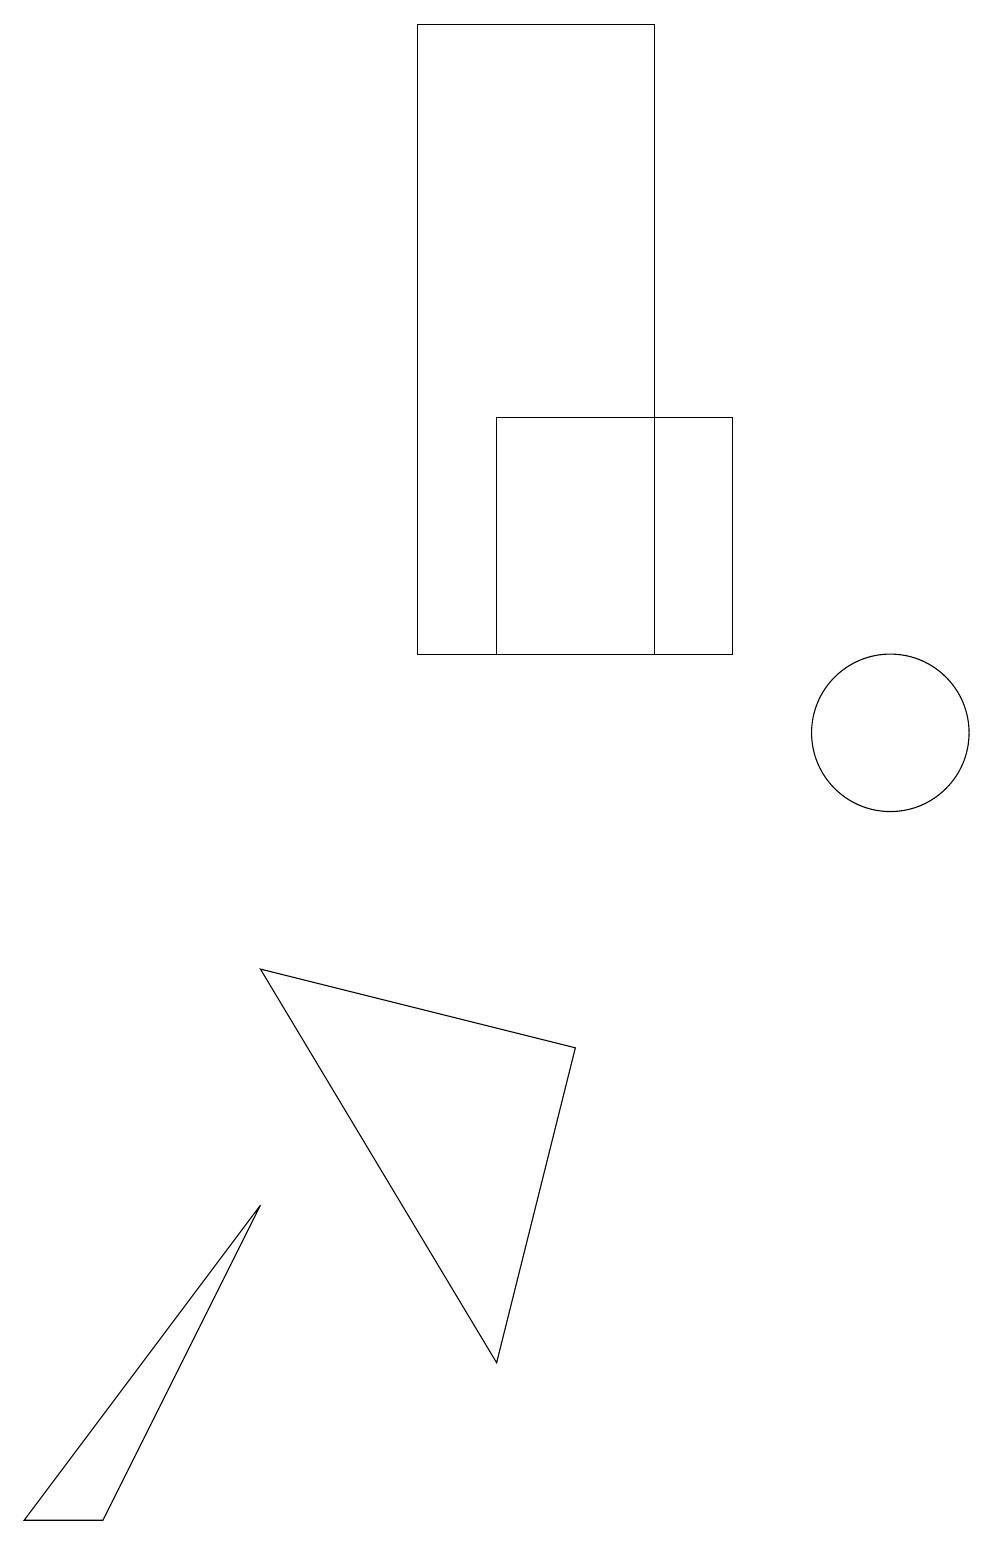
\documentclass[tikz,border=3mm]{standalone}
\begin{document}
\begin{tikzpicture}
\draw (9,14) rectangle (6,11);
\draw (5,19) rectangle (8,11);
\draw (11,10) circle (1);
\draw (3,4) -- (1,0) -- (0,0) -- cycle;
\draw (7,6) -- (6,2) -- (3,7) -- cycle;
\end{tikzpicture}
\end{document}